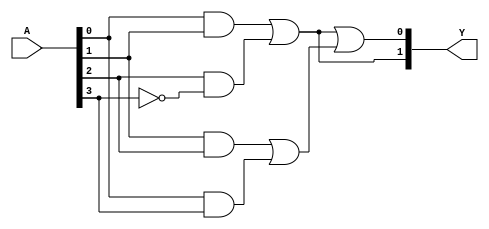
module jewel_pal (
    input wire [N-1:0] A,      // Inputs (A, B, C, ..., N)
    output wire [M-1:0] Y      // Outputs (Y1, Y2, ..., Ym)
);

// Parameters for the number of inputs and outputs
parameter N = 4; // Number of inputs
parameter M = 2; // Number of outputs
parameter AND_WIDTH = 3; // Number of AND gates

// Programmable AND array
wire [AND_WIDTH-1:0] and_out [0:M-1];

// Define the connections for the AND gates (programmable)
assign and_out[0] = (A[0] & A[1]) | (A[2] & ~A[3]); // Example AND gate 0
assign and_out[1] = (A[1] & A[2]) | (A[0] & A[3]); // Example AND gate 1
// Additional AND gates can be programmed similarly

// Fixed OR array to combine the AND gate outputs
assign Y[0] = and_out[0] | and_out[1]; // Output Y1
assign Y[1] = and_out[0];               // Output Y2
// Additional outputs can be defined similarly

endmodule